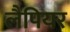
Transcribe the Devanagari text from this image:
लैपियर